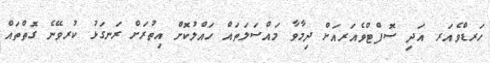
ހަރޑްވެއަރ އަދި ސޮފްޓްވެއަރއަށް ދިމާވާ މައްސަލަތައް ހައްލުކޮށް އިތުރަށް ރަނގަޅު ކުރވޭނެ ގޮަތްތައް